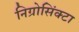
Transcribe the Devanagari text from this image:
निग्रोसिंक्टा